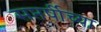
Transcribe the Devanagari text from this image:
सप्तर्षीच्या